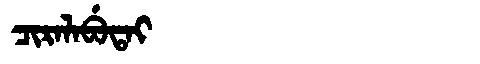
Manchu: ᠴᡳᡵᠠᠯᠠᠪᡠᡨᠠᡳ
Romanization: CIRALABUTAI